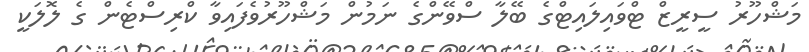
މަޝްހޫރު ސީރީޒް ޓްވައިލައިޓްގެ ބޭލާ ސްވޭންގެ ނަމުން މަޝްހޫރުވެފައިވާ ކްރިސްޓެން ގެ ލޮލަކީ